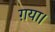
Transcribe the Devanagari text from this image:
ग़या।